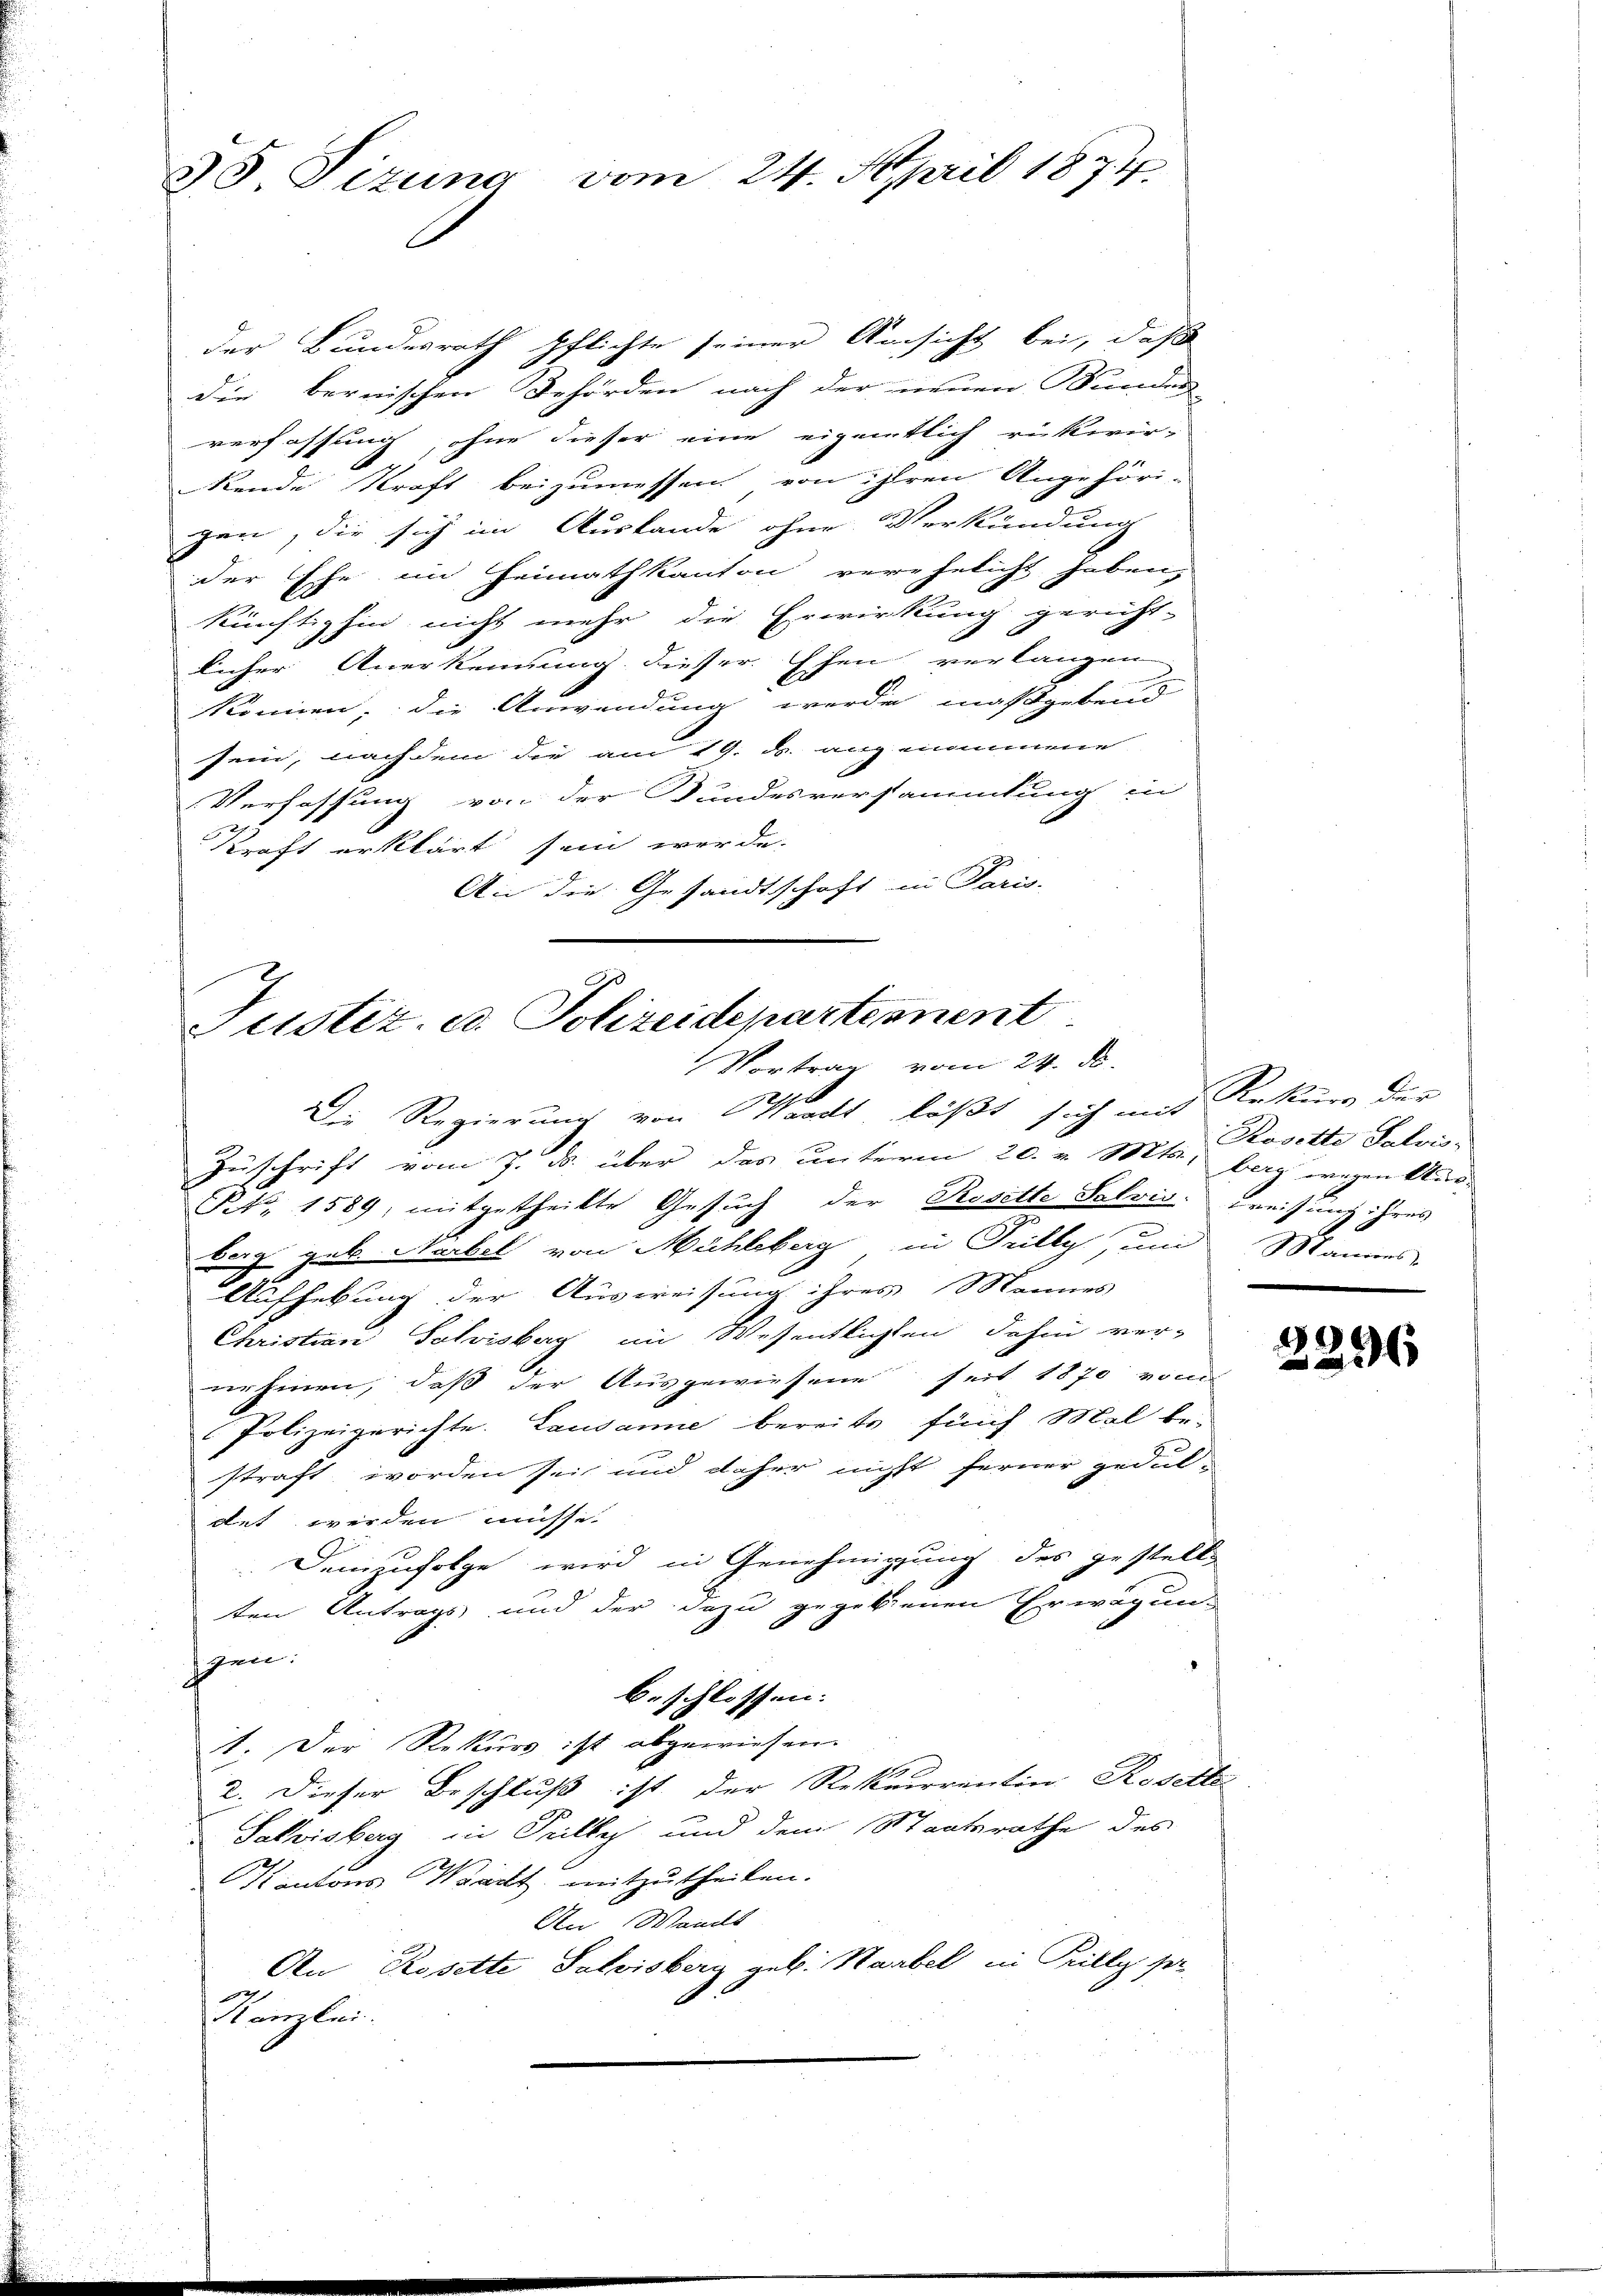
35 Tizung vom 24. April 1874.

der Bundesrath pflichte seiner Ansicht bei, daß
Die bernischen Behörden nach der neuen Bunden
verfassung, ohne dieser eine eigentlich rückwir-
kende Kraft beizumessen von ihren Angehöri-
gen, die sich im Auslande ohne Verkündung
der Ehe im Heimath kanton verehelicht haben,
künftighin nicht mehr die Erwirkung gericht-
licher Anerkennung dieser Ehen verlangen
2
können, die Anwendung werde maßgebend
sein, nach dem die am 19. ds. angenommene
Verfassung von der Bundesversammlung in
Kraft erklärt sein werde.
An die Gesandtschaft in Paris.

Justiz, ed. Polizeidepartement
Vortrag vom 24. d.

Die Regierung von Waadt läßt sich mit Rekurs der
s
Zuschrift vom 7. ds. über das unterm 20. v. Mts., berg wegen Wind-
p. pr. 1589, mitgetheilte Gesuch der Rosette Salvis. Kreissung ihres
berg geb. Narbel von Mühleberg in Prilly, und Mannes
Aufhebung der Ausweisung ihres Mannes
Christian Schwisberg im Wesentlichten dahin ver-
nehmen, daß der Ausgewiesene seit 1870 von
Polizeigerichte. Lausanne bereits fünf Mal be-
straft worden sei und daher nicht ferner gedul-
det werden müsse.
Demzufolge wird in Genehmigung des gestell-
ten Antrags und der dazu gegebenen Erwägung
zen.
beschlossen. |
1. Der Rekurs ist abgewiesen.
2. Dieser Beschluß ist der Rekurrentin Rosette
Salisberg in Pilly und dem Staatsrathe des
Kantons Waadt mitzutheilen.
An Waadt
An Rosette Salvisberg geb. Habel in Pilly pr.
Kanzlei.

Rosette Salvis-

99
236